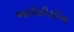
આઈસીસીએ